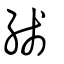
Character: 綫